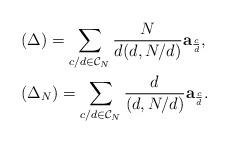
LaTeX: \begin{align*}&(\Delta)=\sum_{c/d \in \mathcal{C}_N}\frac{N}{d(d,N/d)}\textbf{a}_{\frac{c}{d}},\\&(\Delta_N)=\sum_{c/d \in \mathcal{C}_N}\frac{d}{(d,N/d)}\textbf{a}_{\frac{c}{d}}.\end{align*}